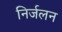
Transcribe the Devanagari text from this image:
निर्जलन